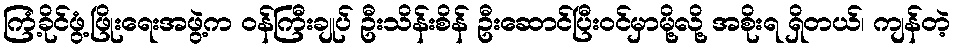
ကြံ့ခိုင်ဖွံ့ဖြိုးရေးအဖွဲ့က ဝန်ကြီးချုပ် ဦးသိန်းစိန် ဦးဆောင်ပြီးဝင်မှာမို့လို့ အစိုးရ ရှိတယ်၊ ကျန်တဲ့